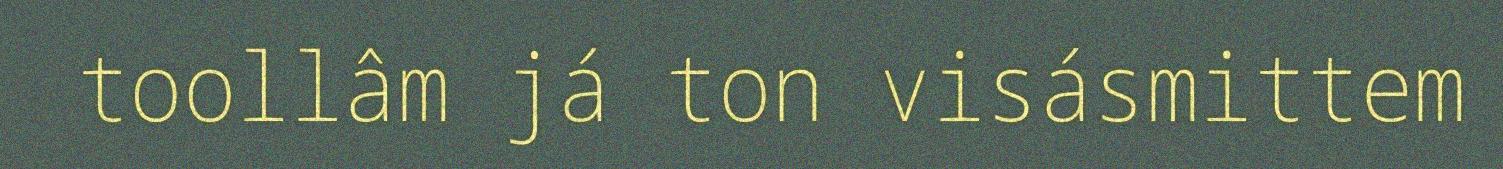
toollâm já ton visásmittem